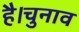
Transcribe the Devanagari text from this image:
है।चुनाव